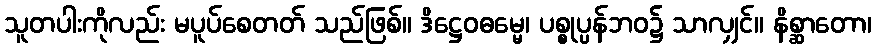
သူတပါးကိုလည်း မပူပ်စေတတ် သည်ဖြစ်။ ဒိဋ္ဌေဝဓမ္မေ၊ ပစ္စုပ္ပန်ဘဝ၌ သာလျှင်။ နိစ္ဆာတော၊